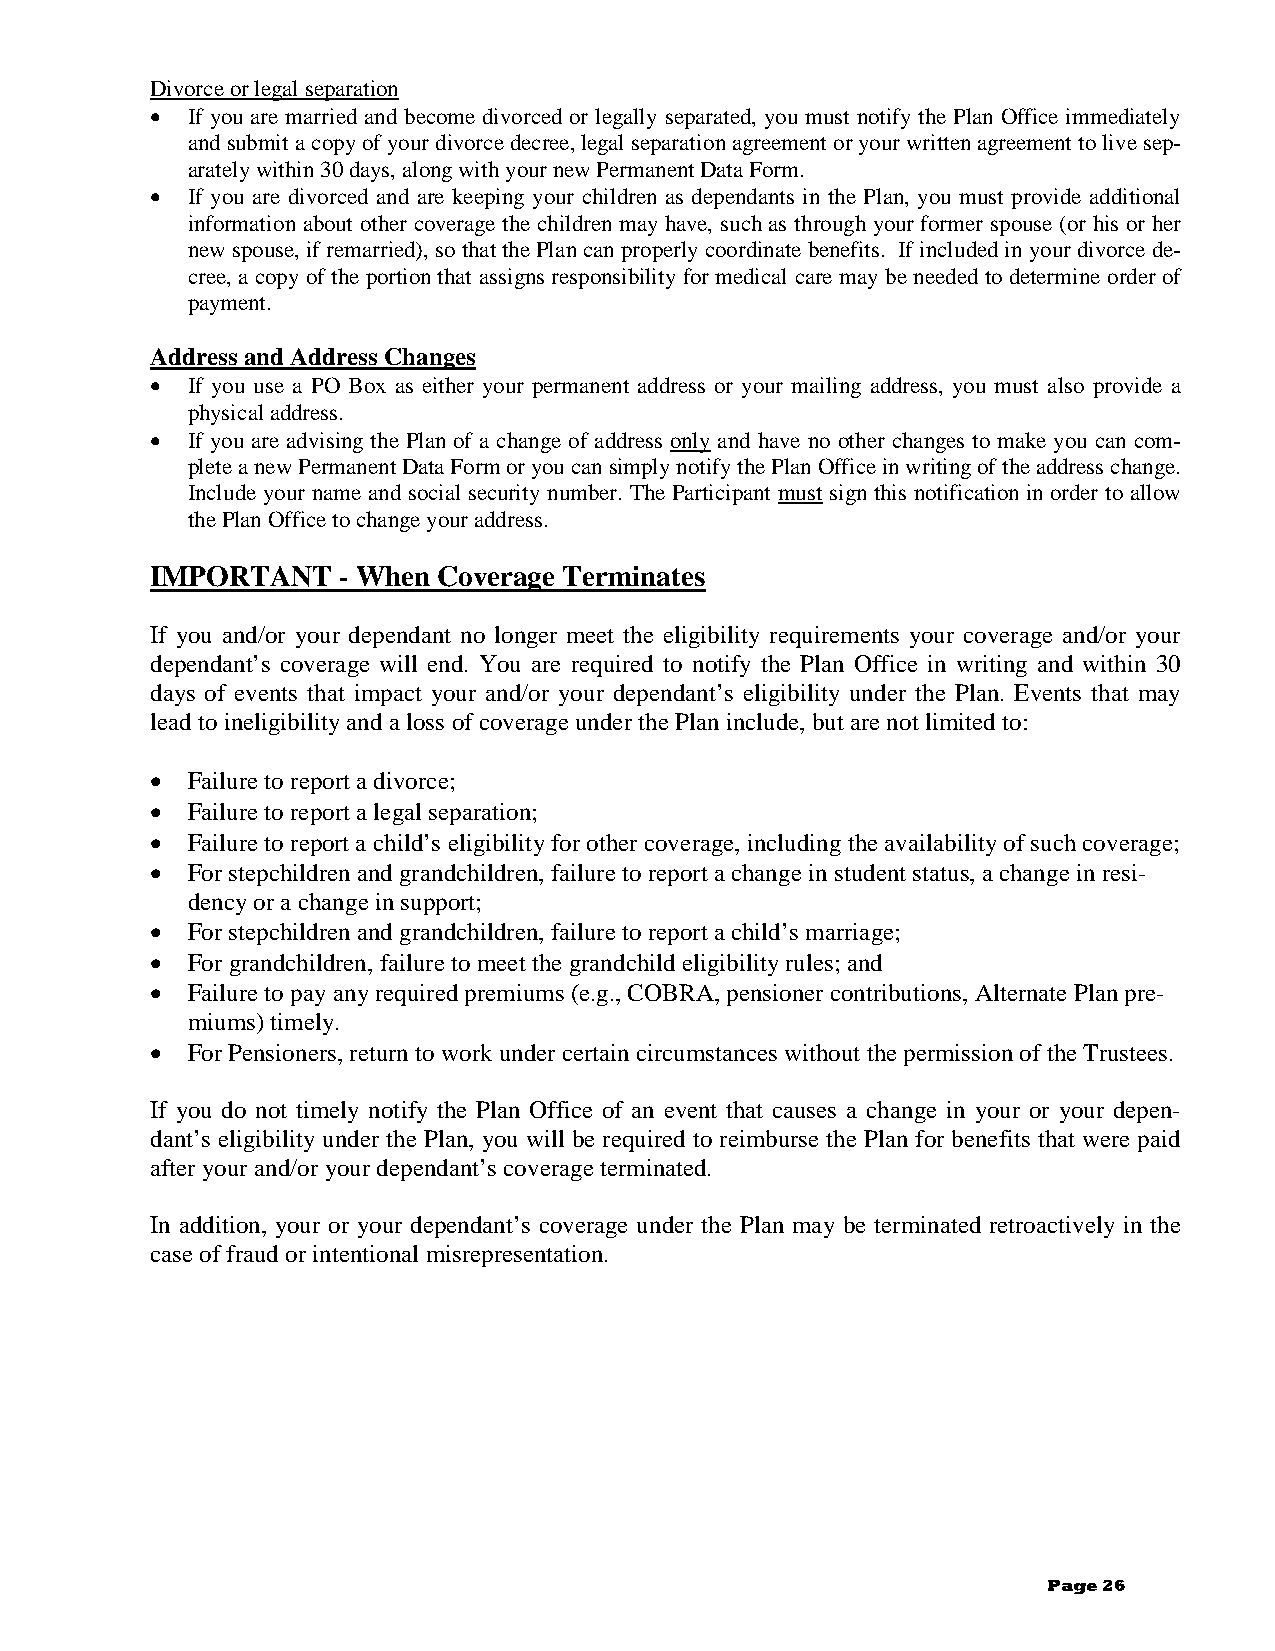
Divorce or legal separation
 • If you are married and become divorced or legally separated, you must notify the Plan Office immediately
 and submit a copy of your divorce decree, legal separation agreement or your written agreement to live sep-
 arately within 30 days, along with your new Permanent Data Form.
 • If you are divorced and are keeping your children as dependants in the Plan, you must provide additional
 information about other coverage the children may have, such as through your former spouse (or his or her
 new spouse, if remarried), so that the Plan can properly coordinate benefits. If included in your divorce de-
 cree, a copy of the portion that assigns responsibility for medical care may be needed to determine order of
 payment.
 Address and Address Changes
 • If you use a PO Box as either your permanent address or your mailing address, you must also provide a
 physical address.
 • If you are advising the Plan of a change of address only and have no other changes to make you can com-
 plete a new Permanent Data Form or you can simply notify the Plan Office in writing of the address change.
 Include your name and social security number. The Participant must sign this notification in order to allow
 the Plan Office to change your address.
 IMPORTANT   - When Coverage Terminates
 If you and/or your dependant no longer meet the eligibility requirements your coverage and/or your
 dependant’s coverage will end. You are required to notify the Plan Office in writing and within 30
 days of events that impact your and/or your dependant’s eligibility under the Plan. Events that may
 lead to ineligibility and a loss of coverage under the Plan include, but are not limited to:
 • Failure to report a divorce;
 • Failure to report a legal separation;
 • Failure to report a child’s eligibility for other coverage, including the availability of such coverage;
 • For stepchildren and grandchildren, failure to report a change in student status, a change in resi-
 dency or a change in support;
 • For stepchildren and grandchildren, failure to report a child’s marriage;
 • For grandchildren, failure to meet the grandchild eligibility rules; and
 • Failure to pay any required premiums (e.g., COBRA, pensioner contributions, Alternate Plan pre-
 miums) timely.
 • For Pensioners, return to work under certain circumstances without the permission of the Trustees.
 If you do not timely notify the Plan Office of an event that causes a change in your or your depen-
 dant’s eligibility under the Plan, you will be required to reimburse the Plan for benefits that were paid
 after your and/or your dependant’s coverage terminated.
 In addition, your or your dependant’s coverage under the Plan may be terminated retroactively in the
 case of fraud or intentional misrepresentation.
 Page 26